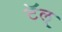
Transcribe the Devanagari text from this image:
टॅल्